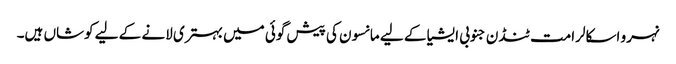
نہرو اسکالرامت ٹنڈن جنوبی ایشیا کے لیے مانسون کی پیش گوئی میں بہتری لانے کے لیے کوشاں ہیں۔